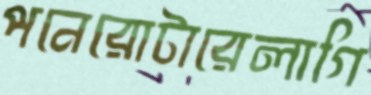
পনেরোটারেলাগি